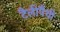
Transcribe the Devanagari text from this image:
टैलीपैथी